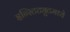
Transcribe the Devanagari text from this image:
इन्स्टिट्युटमध्ये